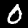
Digit: 0